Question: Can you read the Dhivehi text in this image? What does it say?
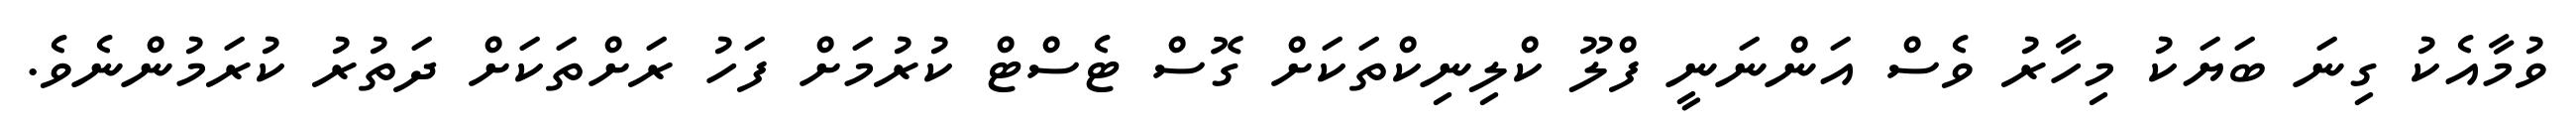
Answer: ވުމާއެކު ގިނަ ބަޔަކު މިހާރު ވެސް އަންނަނީ ފްލޫ ކްލިނިކްތަކަށް ގޮސް ޓެސްޓް ކުރުމަށް ފަހު ރަށްތަކަށް ދަތުރު ކުރަމުންނެވެ.